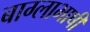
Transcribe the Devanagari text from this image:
बाग्लाभाषी